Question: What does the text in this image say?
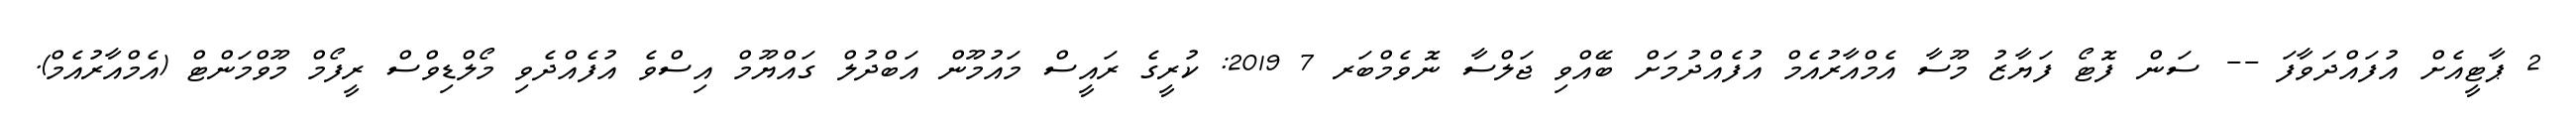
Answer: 2 ޕާޓީއެށް އުފައްދަވާފަ -- ސަން ފޮޓޯ ފަޔާޒު މޫސާ އެމްއާރުއެމް އުފެއްދުމަށް ބޭއްވި ޖަލްސާ ނޮވެމްބަރ 7 2019: ކުރީގެ ރައީސް މައުމޫން އަބްދުލް ގައްޔޫމް އިސްވެ އުފެއްދެވި މޯލްޑިވްސް ރީފޯމް މޫވްމަންޓް (އެމްއާރުއެމް).